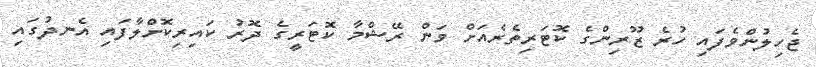
ޖެހިލުންވެފައި ހުރެ ޒޫރިންގެ ކޮޓަރިތެރެއަށް ވަން ރޭޝްމާ ކޮޓަރީގެ ދޮރު ކައިރިކޮށްލާފައި އެނދުގައި